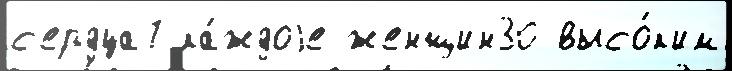
с'ердца7 ка́ждоjе женщин30 высо́к'им